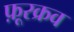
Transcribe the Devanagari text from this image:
फ़ूरक्रव